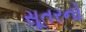
સૂતરનો